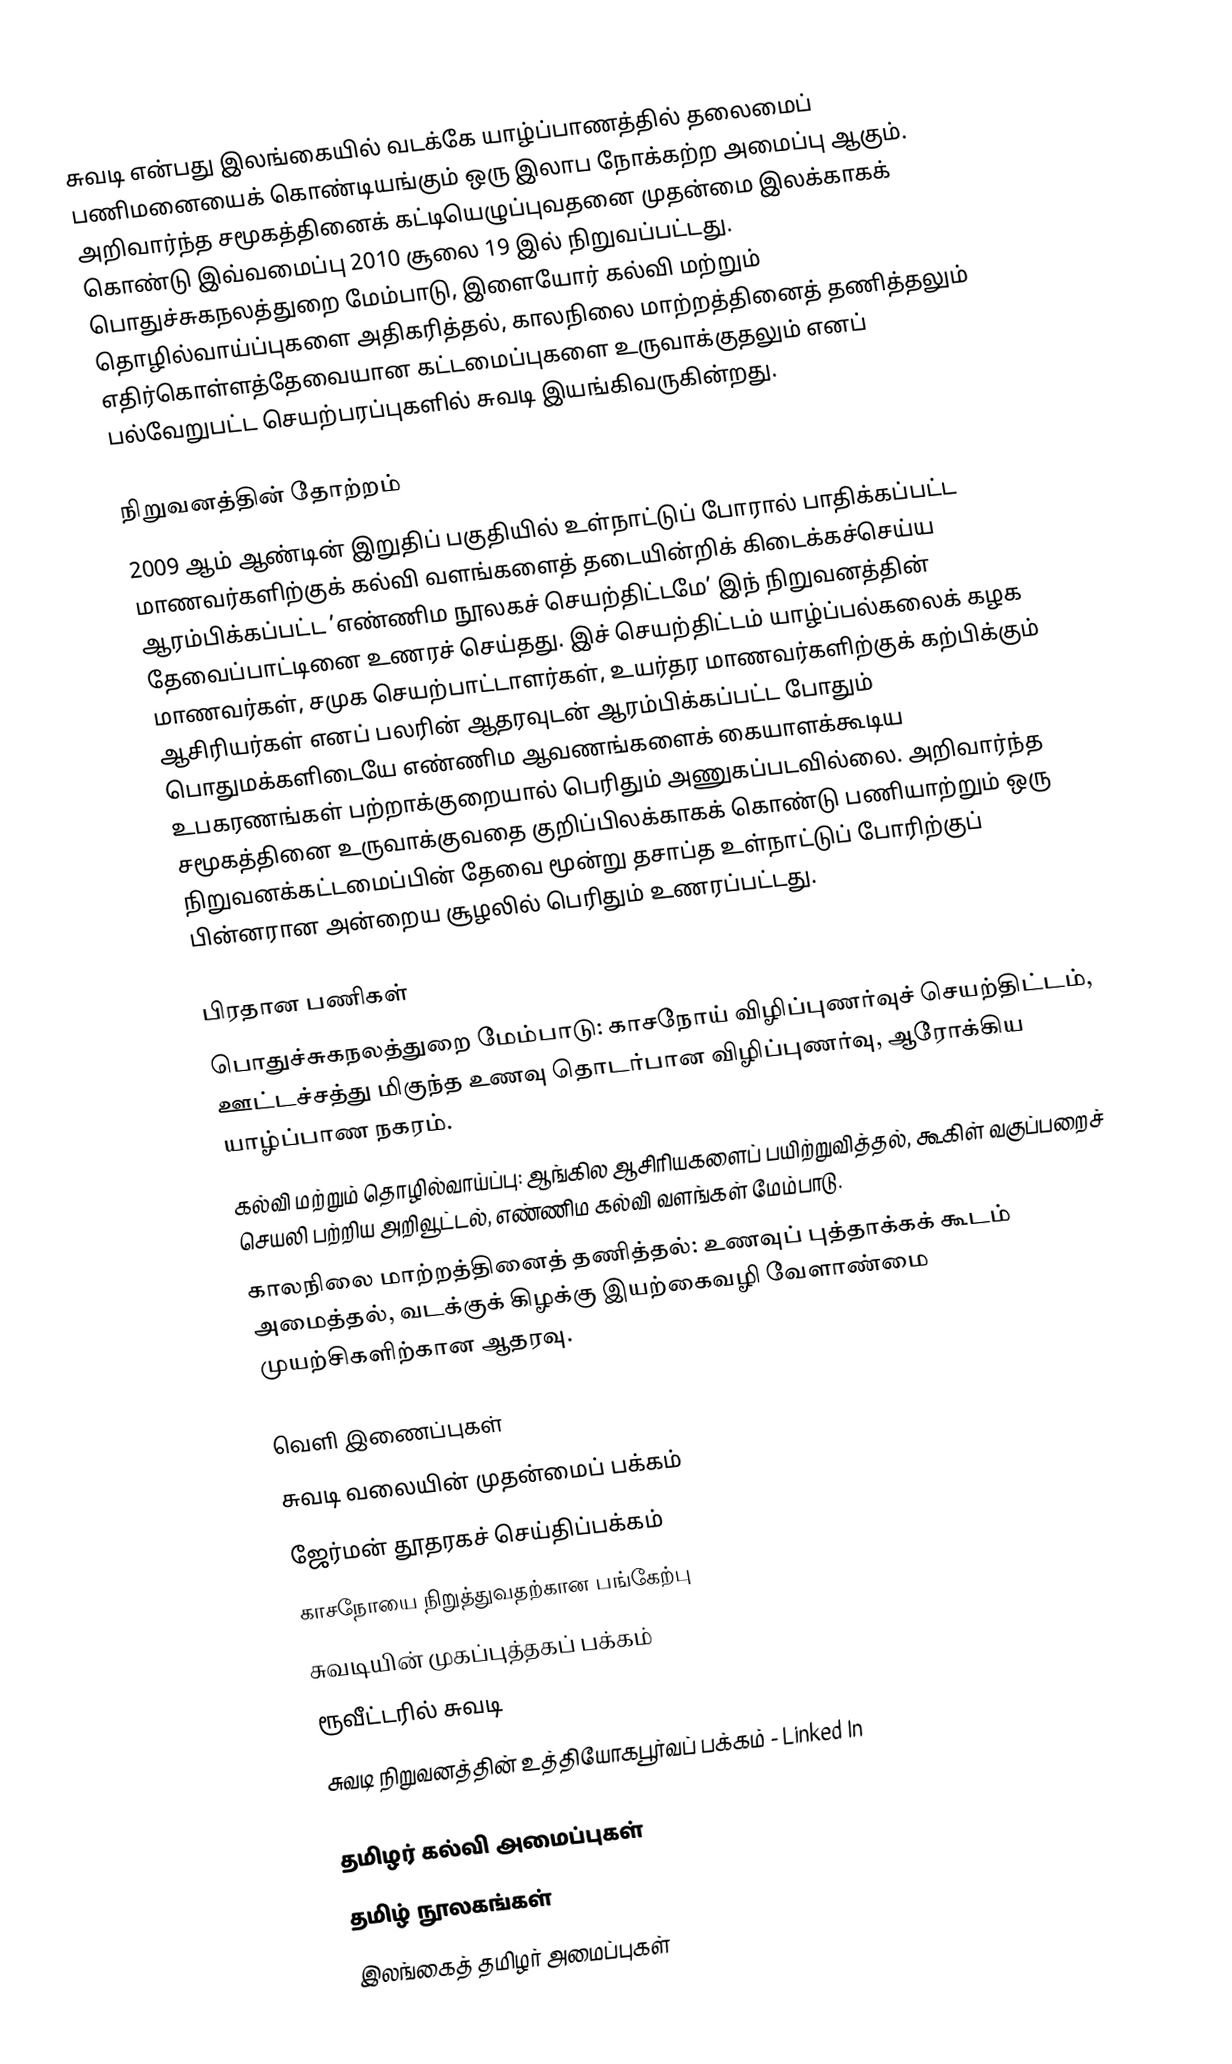
சுவடி என்பது இலங்கையில் வடக்கே யாழ்ப்பாணத்தில் தலைமைப் பணிமனையைக் கொண்டியங்கும் ஒரு இலாப நோக்கற்ற அமைப்பு ஆகும். அறிவார்ந்த சமூகத்தினைக் கட்டியெழுப்புவதனை முதன்மை இலக்காகக் கொண்டு இவ்வமைப்பு 2010 சூலை 19 இல் நிறுவப்பட்டது. பொதுச்சுகநலத்துறை மேம்பாடு, இளையோர் கல்வி மற்றும் தொழில்வாய்ப்புகளை அதிகரித்தல், காலநிலை மாற்றத்தினைத் தணித்தலும் எதிர்கொள்ளத்தேவையான கட்டமைப்புகளை உருவாக்குதலும் எனப் பல்வேறுபட்ட செயற்பரப்புகளில் சுவடி இயங்கிவருகின்றது.

நிறுவனத்தின் தோற்றம்
2009 ஆம் ஆண்டின் இறுதிப் பகுதியில் உள்நாட்டுப் போரால் பாதிக்கப்பட்ட மாணவர்களிற்குக் கல்வி வளங்களைத் தடையின்றிக் கிடைக்கச்செய்ய ஆரம்பிக்கப்பட்ட ’எண்ணிம நூலகச் செயற்திட்டமே’ இந் நிறுவனத்தின் தேவைப்பாட்டினை உணரச் செய்தது. இச் செயற்திட்டம் யாழ்ப்பல்கலைக் கழக மாணவர்கள், சமுக செயற்பாட்டாளர்கள், உயர்தர மாணவர்களிற்குக் கற்பிக்கும் ஆசிரியர்கள் எனப் பலரின் ஆதரவுடன் ஆரம்பிக்கப்பட்ட போதும் பொதுமக்களிடையே எண்ணிம ஆவணங்களைக் கையாளக்கூடிய உபகரணங்கள் பற்றாக்குறையால் பெரிதும் அணுகப்படவில்லை. அறிவார்ந்த சமூகத்தினை உருவாக்குவதை குறிப்பிலக்காகக் கொண்டு பணியாற்றும் ஒரு நிறுவனக்கட்டமைப்பின் தேவை மூன்று தசாப்த உள்நாட்டுப் போரிற்குப் பின்னரான அன்றைய சூழலில் பெரிதும் உணரப்பட்டது.

பிரதான பணிகள்
 பொதுச்சுகநலத்துறை மேம்பாடு: காசநோய் விழிப்புணர்வுச் செயற்திட்டம், ஊட்டச்சத்து மிகுந்த உணவு தொடர்பான விழிப்புணர்வு, ஆரோக்கிய யாழ்ப்பாண நகரம்.
 கல்வி மற்றும் தொழில்வாய்ப்பு: ஆங்கில ஆசிரியகளைப் பயிற்றுவித்தல், கூகிள் வகுப்பறைச் செயலி பற்றிய அறிவூட்டல், எண்ணிம கல்வி வளங்கள் மேம்பாடு.
 காலநிலை மாற்றத்தினைத் தணித்தல்: உணவுப் புத்தாக்கக் கூடம் அமைத்தல், வடக்குக் கிழக்கு இயற்கைவழி வேளாண்மை முயற்சிகளிற்கான ஆதரவு.

வெளி இணைப்புகள்
 சுவடி வலையின் முதன்மைப் பக்கம்
 ஜேர்மன் தூதரகச் செய்திப்பக்கம்
 காசநோயை நிறுத்துவதற்கான பங்கேற்பு
 சுவடியின் முகப்புத்தகப் பக்கம்
 ரூவீட்டரில் சுவடி
 சுவடி நிறுவனத்தின் உத்தியோகபூர்வப் பக்கம் - Linked In

தமிழர் கல்வி அமைப்புகள்
தமிழ் நூலகங்கள்
இலங்கைத் தமிழர் அமைப்புகள்